65_HS1-834228961_62-HQ-83894_Serial_164
Agency: FBI
Page 79
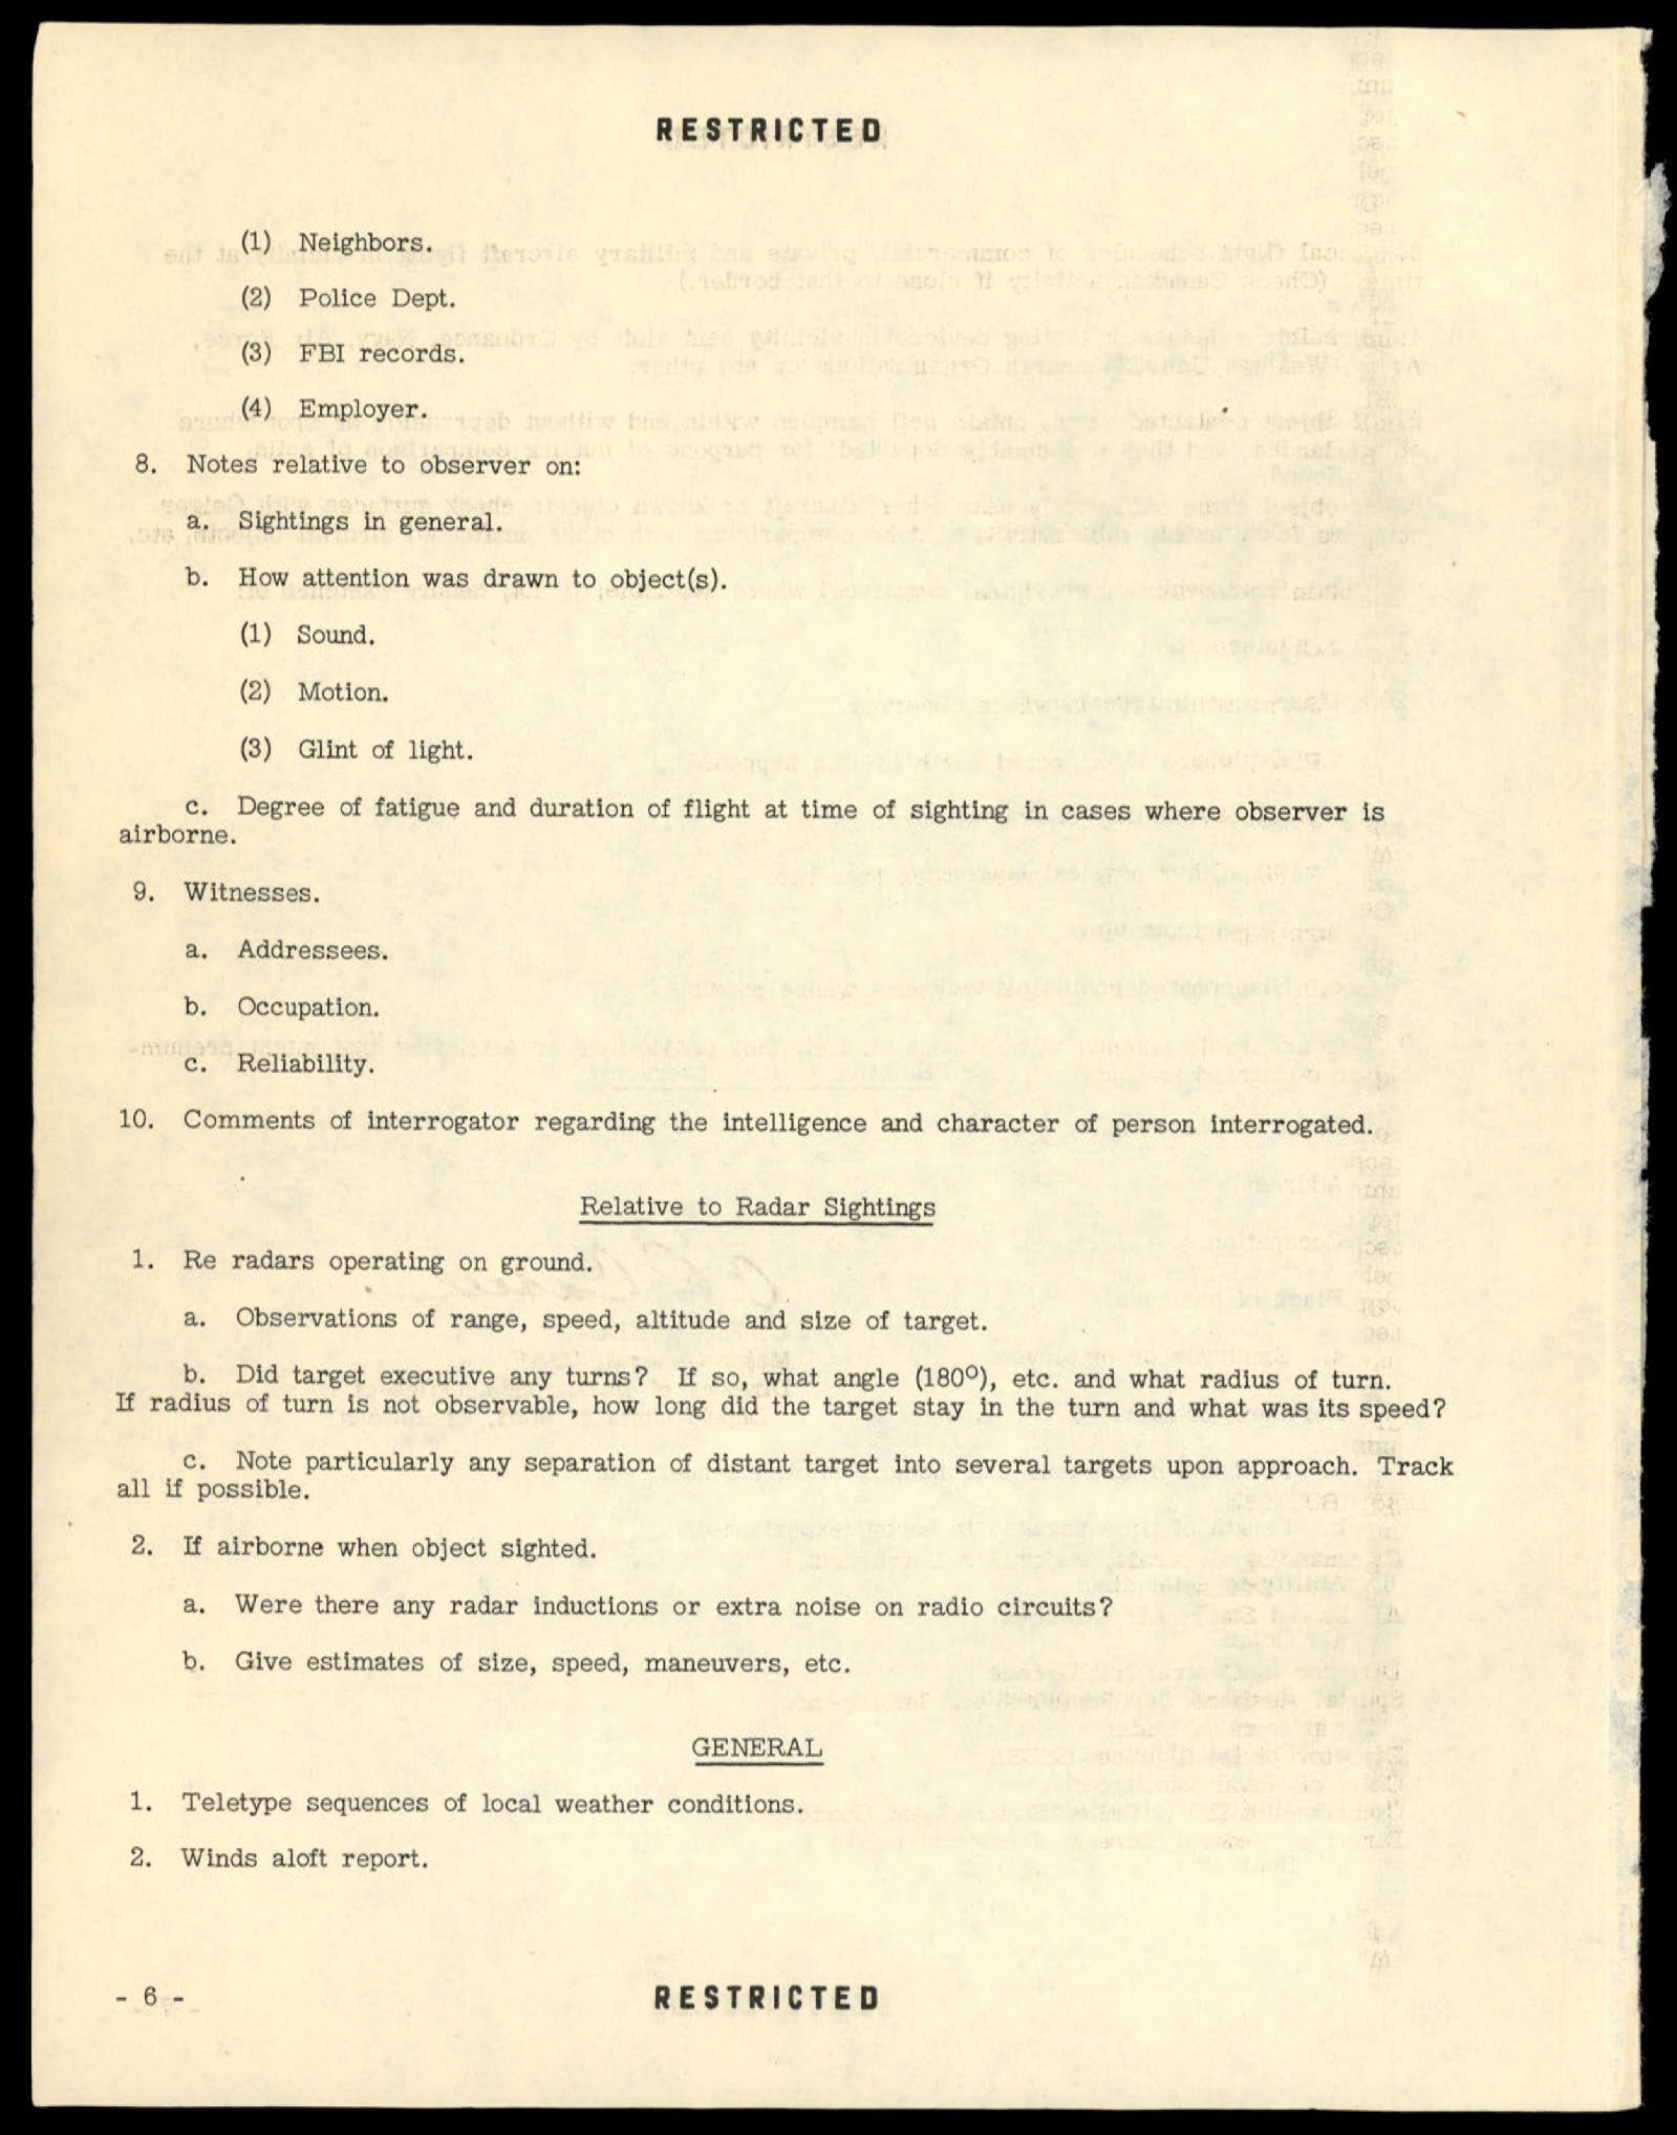